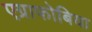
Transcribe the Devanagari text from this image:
एग्राफोबिया